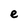
Character: e